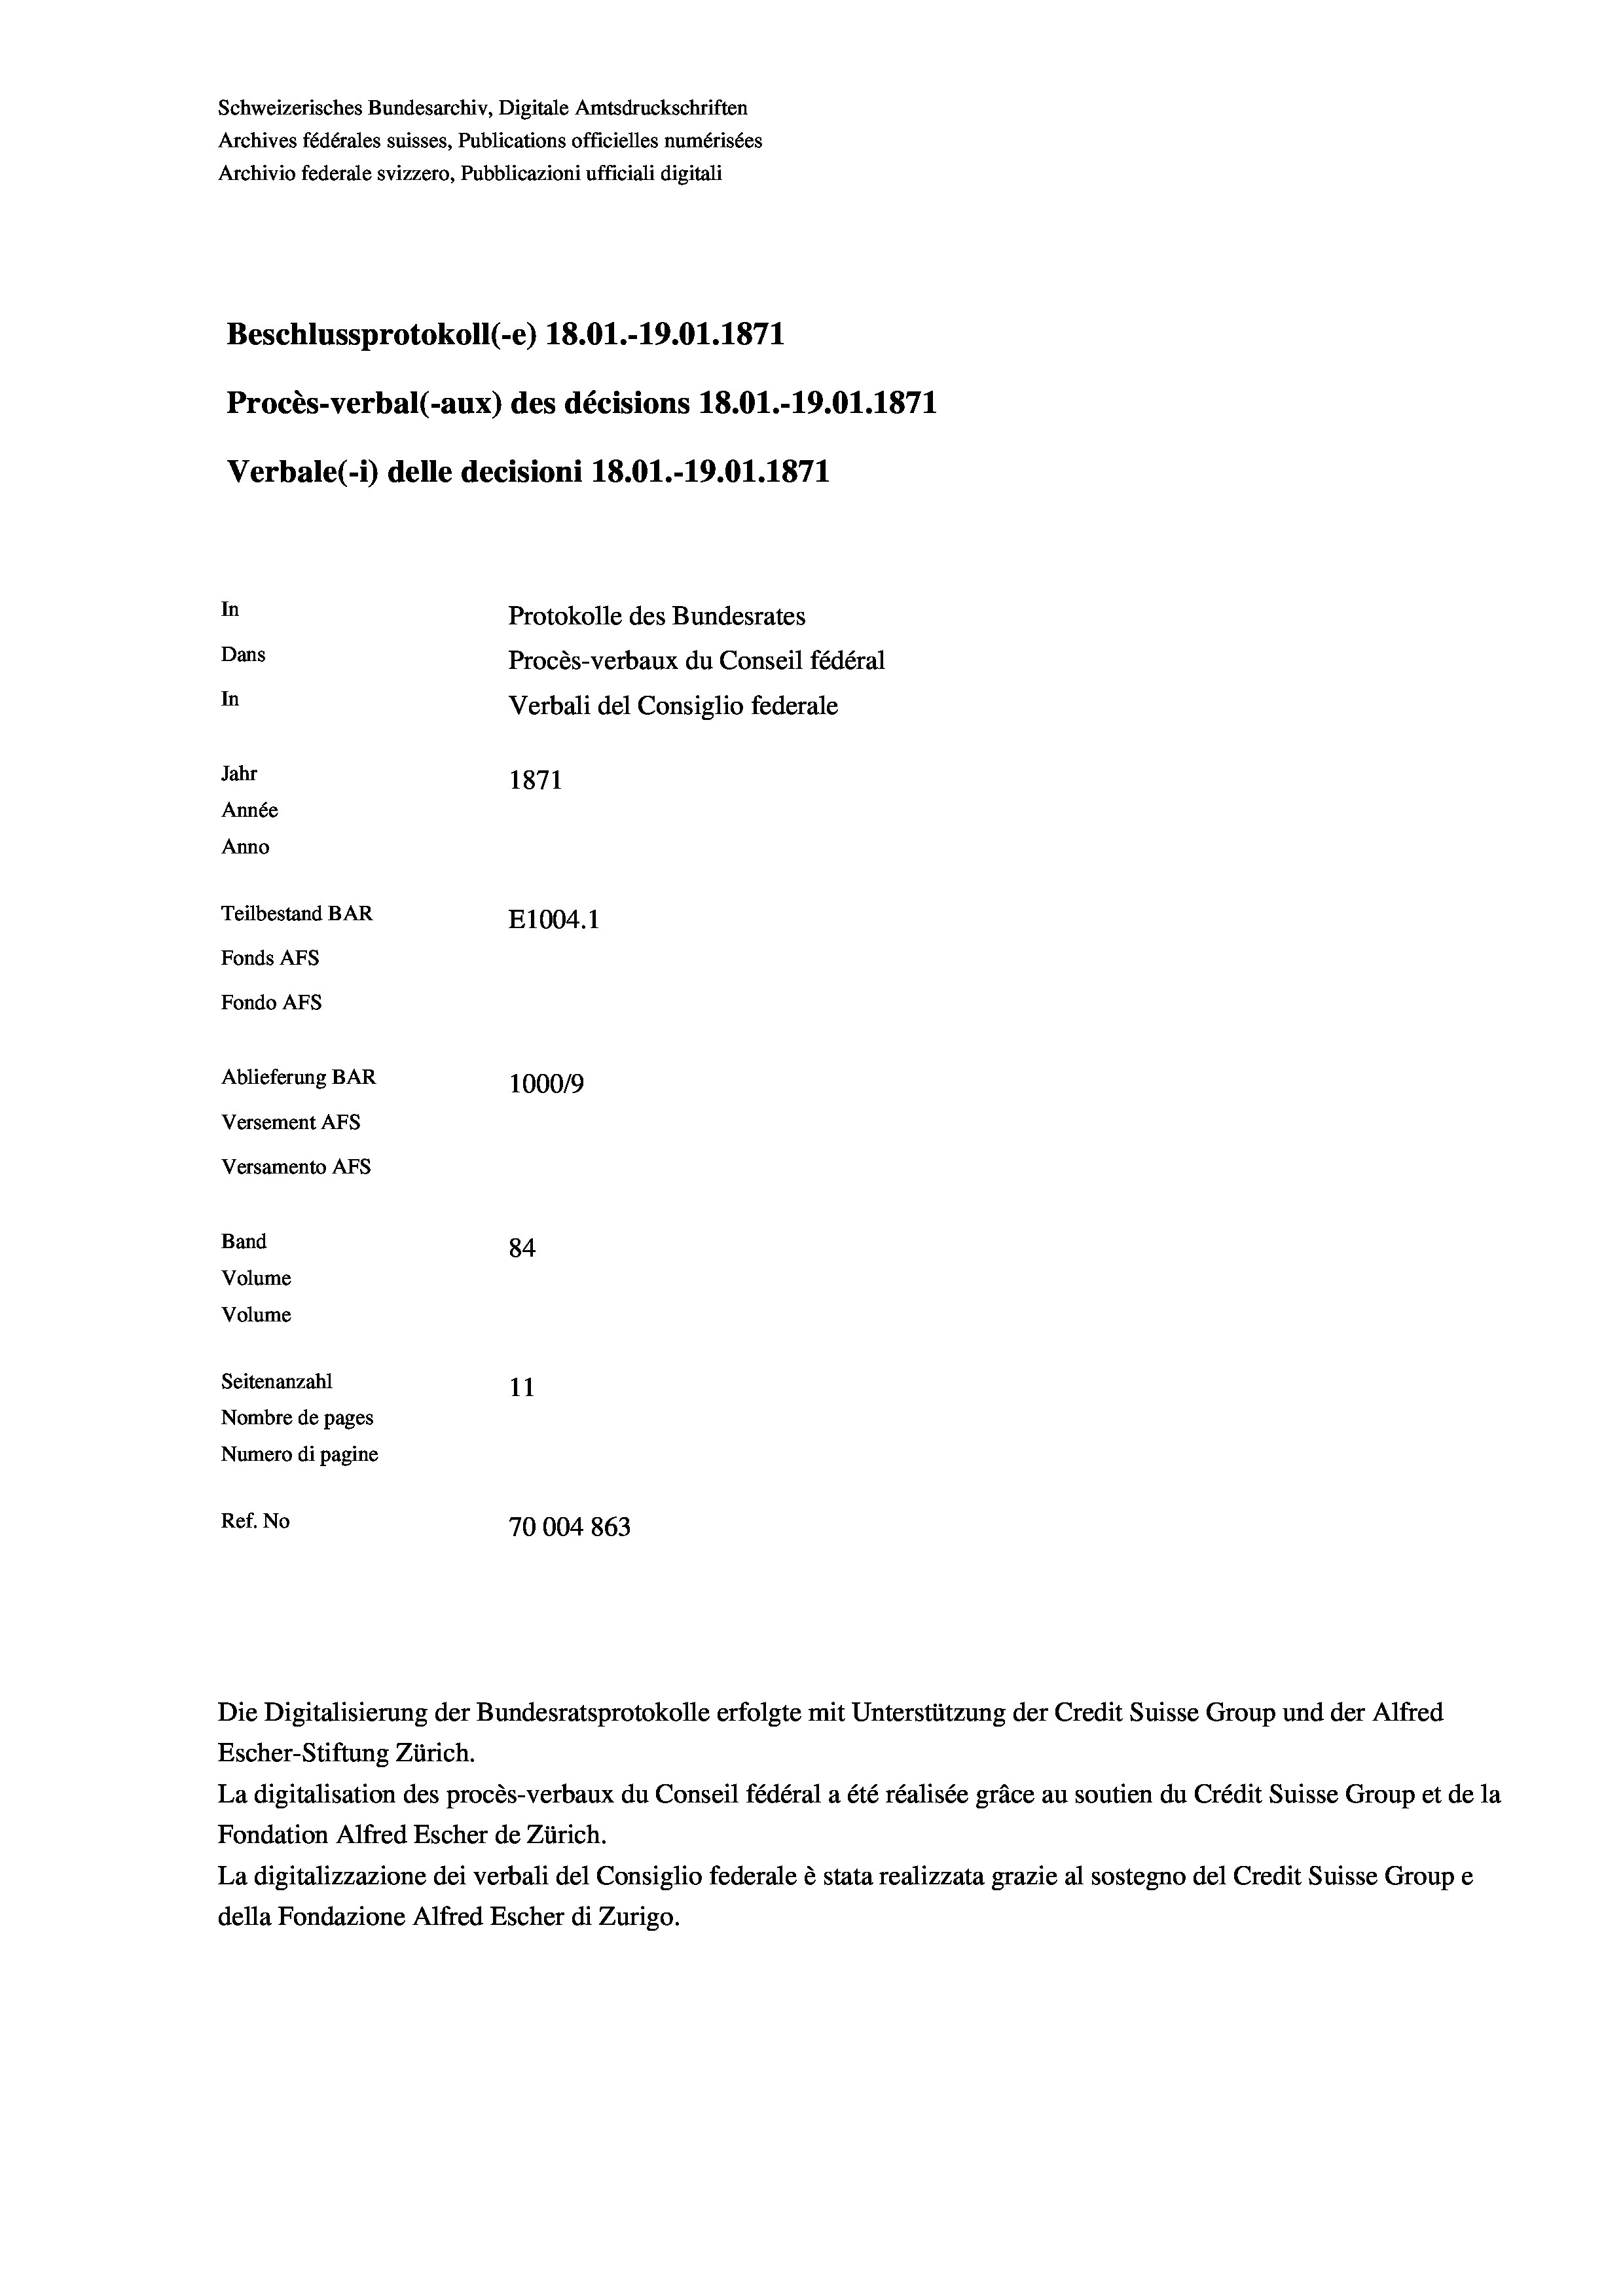
Schweizerisches Bundesarchiv, Digitale Amtsdruckschriften
Archives fédérales suisses, Publications officielles numérisées
Archivio federale svizzero, Pubblicazioni ufficiali digitali
Beschlussprotokoll (e) 18.01.-19.01. 1871
Procès-verbal (-aux) des décisions 18.01.-19.01. 1871
Verbale(-*) delle decisioni 18.01.-19.01. 1871
In
Protokolle des Bundesrates
Dans
Procès-verbaux du Conseil fédéral
In
Verbali del Consiglio federale
Jahr
1871
Année
Anno
Teilbestand BAR
E1004. 1
Fonds AFs
Fondo Afs
Ablieferung BAR
100019
Versement AFs
Versamento Afs
Band
84
Volume
Volume
Seitenanzahl
11
Nombre de pages
Numero di pagine
Ref. No
70004 863

Escher-Stiftung Zürich.
La digitalisation des procès-verbaux du Conseil fédéral a été réalisée gräce au soutien du Crédit Suisse Group et de la
Fondation Alfred Escher de Zürich.
La digitalizzazione dei verbali del Consiglio federale è stata realizzata grazie al sostegno del Credit Suisse Groupe
della Fondazione Alfred Escher di Zurigo.

Die Digitalisierung der Bundesratsprotokolle erfolgte mit Unterstützung der Credit Suisse Group und der Alfred